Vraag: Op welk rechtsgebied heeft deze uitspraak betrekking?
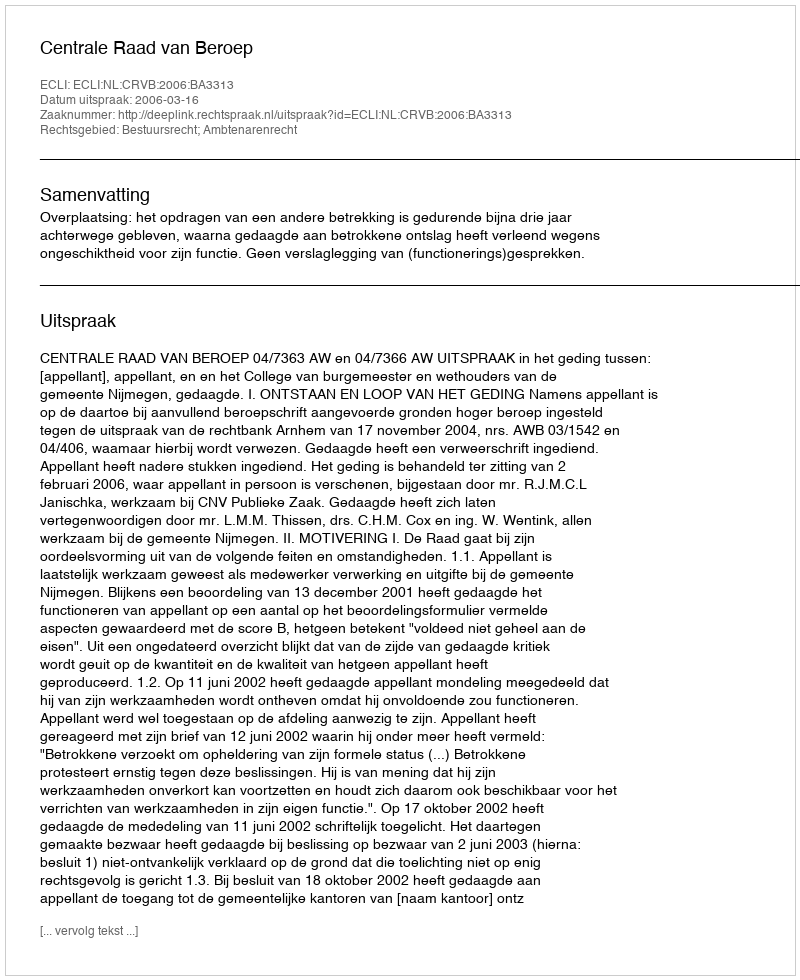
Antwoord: Bestuursrecht; Ambtenarenrecht